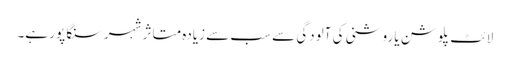
لائٹ پلوشن یا روشنی کی آلودگی سے سب سے زیادہ متاثر شہر سنگا پور ہے۔